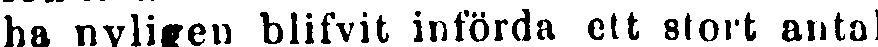
ha nyligen blifvit införda ett stort antal